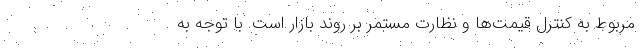
مربوط به کنترل قیمت‌ها و نظارت مستمر بر روند بازار است. با توجه به